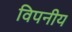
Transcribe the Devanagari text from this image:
विपनीय